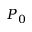
P _ { 0 }